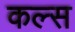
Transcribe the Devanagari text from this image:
कल्स